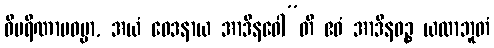
ဝိပရိဏာမဓမ္မာ, အယံ ဝေဒနာယ အာဒီနဝေါ”တိ ဧဝံ အာဒီနဝဉ္စ ယထာဘူတံ